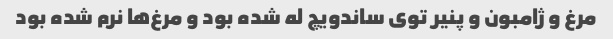
مرغ و ژامبون و پنیر توی ساندویچ له شده بود و مرغ‌ها نرم شده بود